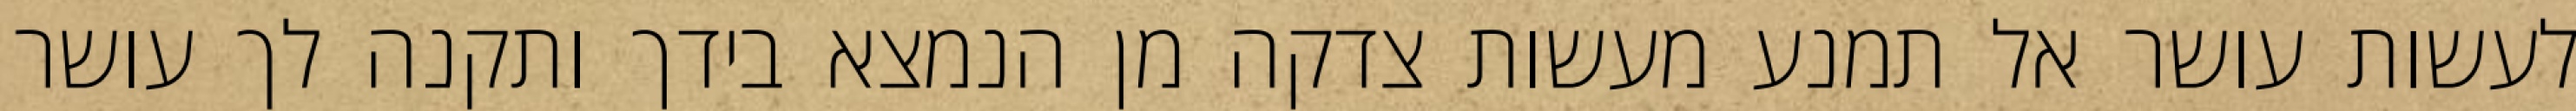
לעשות עושר אל תמנע מעשות צדקה מן הנמצא בידך ותקנה לך עושר